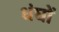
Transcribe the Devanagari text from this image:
धंघों